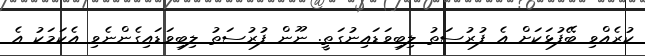
ކުރެއްވި ބޭފުޅަކަށް އެ ފުރުސަތުު ލިބިވަޑައިނުގަތީ. ނޫން ފުރުސަތު ލިބިވަޑައިގެންނެވި އެކަމަކު އެ